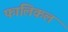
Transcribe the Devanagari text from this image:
फालिकल